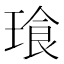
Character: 𮴧